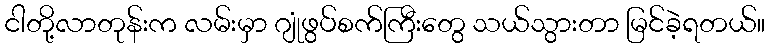
ငါတို့လာတုန်းက လမ်းမှာ ဂျုံဖွပ်စက်ကြီးတွေ သယ်သွားတာ မြင်ခဲ့ရတယ်။